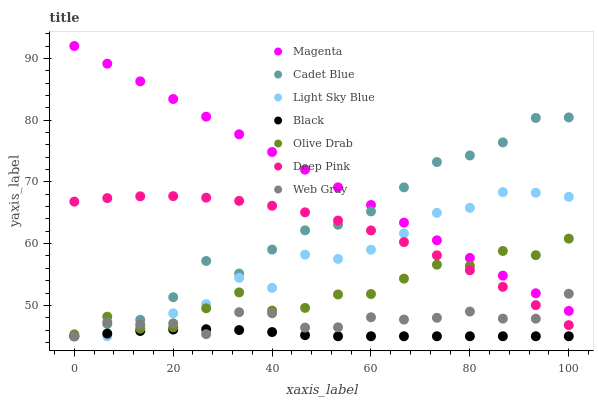
| xaxis_label | Magenta | Cadet Blue | Light Sky Blue | Black | Olive Drab | Deep Pink | Web Gray |
 | --- | --- | --- | --- | --- | --- | --- | --- |
 | 0 | 92 | 45 | 45 | 45 | 45.3 | 66.8 | 45 |
 | 6.67 | 89.1 | 47 | 45 | 45.4 | 48.2 | 67.4 | 47.3 |
 | 13.3 | 86.3 | 47.7 | 46.7 | 45.9 | 46.2 | 67.7 | 46.9 |
 | 20 | 83.4 | 51.3 | 48.7 | 46.1 | 46.5 | 67.7 | 47.1 |
 | 26.7 | 80.6 | 57.2 | 50.2 | 46.1 | 49.5 | 67.4 | 45.3 |
 | 33.3 | 77.7 | 55.2 | 54.5 | 46 | 52.1 | 66.9 | 48.9 |
 | 40 | 74.8 | 59 | 52.8 | 45.7 | 49.2 | 66.1 | 48.7 |
 | 46.7 | 72 | 62.2 | 58.2 | 45.2 | 49.6 | 65.1 | 46.4 |
 | 53.3 | 69.1 | 63.1 | 57.5 | 45 | 51.8 | 63.7 | 46.4 |
 | 60 | 66.3 | 65.2 | 59 | 45 | 51.8 | 62.1 | 48.1 |
 | 66.7 | 63.4 | 69.1 | 61.7 | 45 | 54.3 | 60.3 | 47.7 |
 | 73.3 | 60.5 | 73.2 | 65 | 45 | 56.6 | 58.1 | 48 |
 | 80 | 57.7 | 74.3 | 65.8 | 45 | 56.4 | 55.7 | 49 |
 | 86.7 | 54.8 | 76.4 | 68.3 | 45 | 58.8 | 53 | 47.9 |
 | 93.3 | 52 | 80.4 | 68.2 | 45 | 58.1 | 50 | 47.8 |
 | 100 | 49.1 | 80.4 | 67.6 | 45 | 60.8 | 46.8 | 51.9 |